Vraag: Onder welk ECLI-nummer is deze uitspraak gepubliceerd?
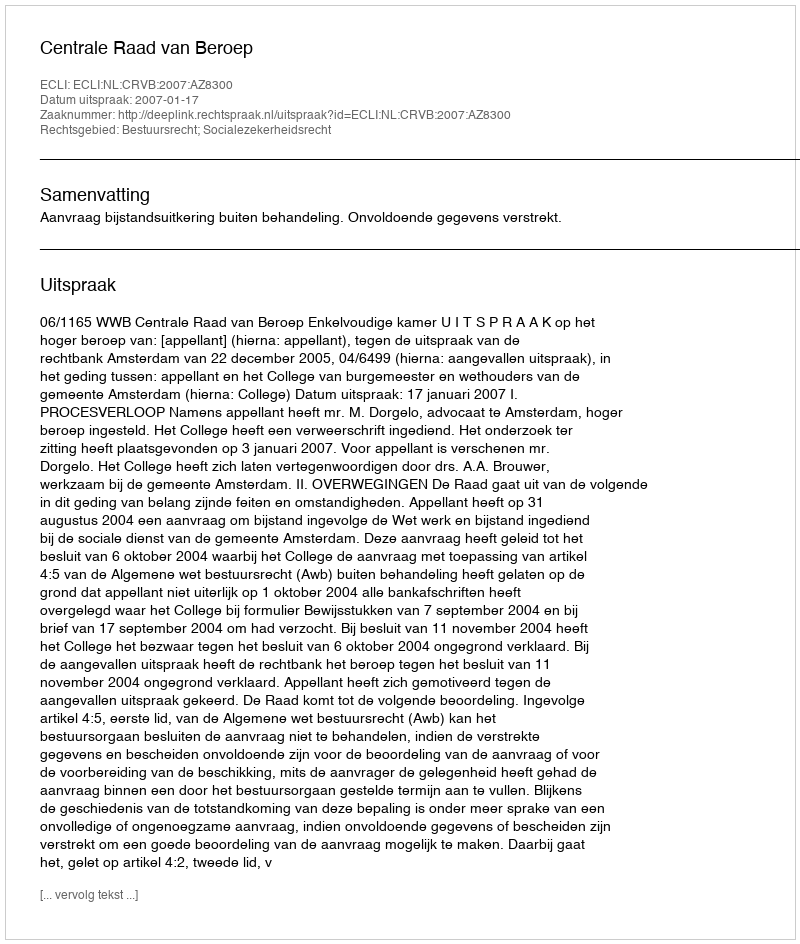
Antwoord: ECLI:NL:CRVB:2007:AZ8300